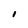
Character: I